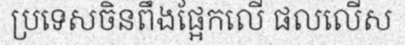
ប្រទេសចិនពឹងផ្អែកលើ ផលលើស